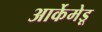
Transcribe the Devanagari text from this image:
आर्केमेडू